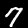
Label: 7